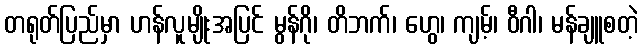
တရုတ်ပြည်မှာ ဟန်လူမျိုးအပြင် မွန်ဂို၊ တိဘက်၊ ဟွေ၊ ကျမ့်၊ ဝီဂါ၊ မန်ချူစတဲ့